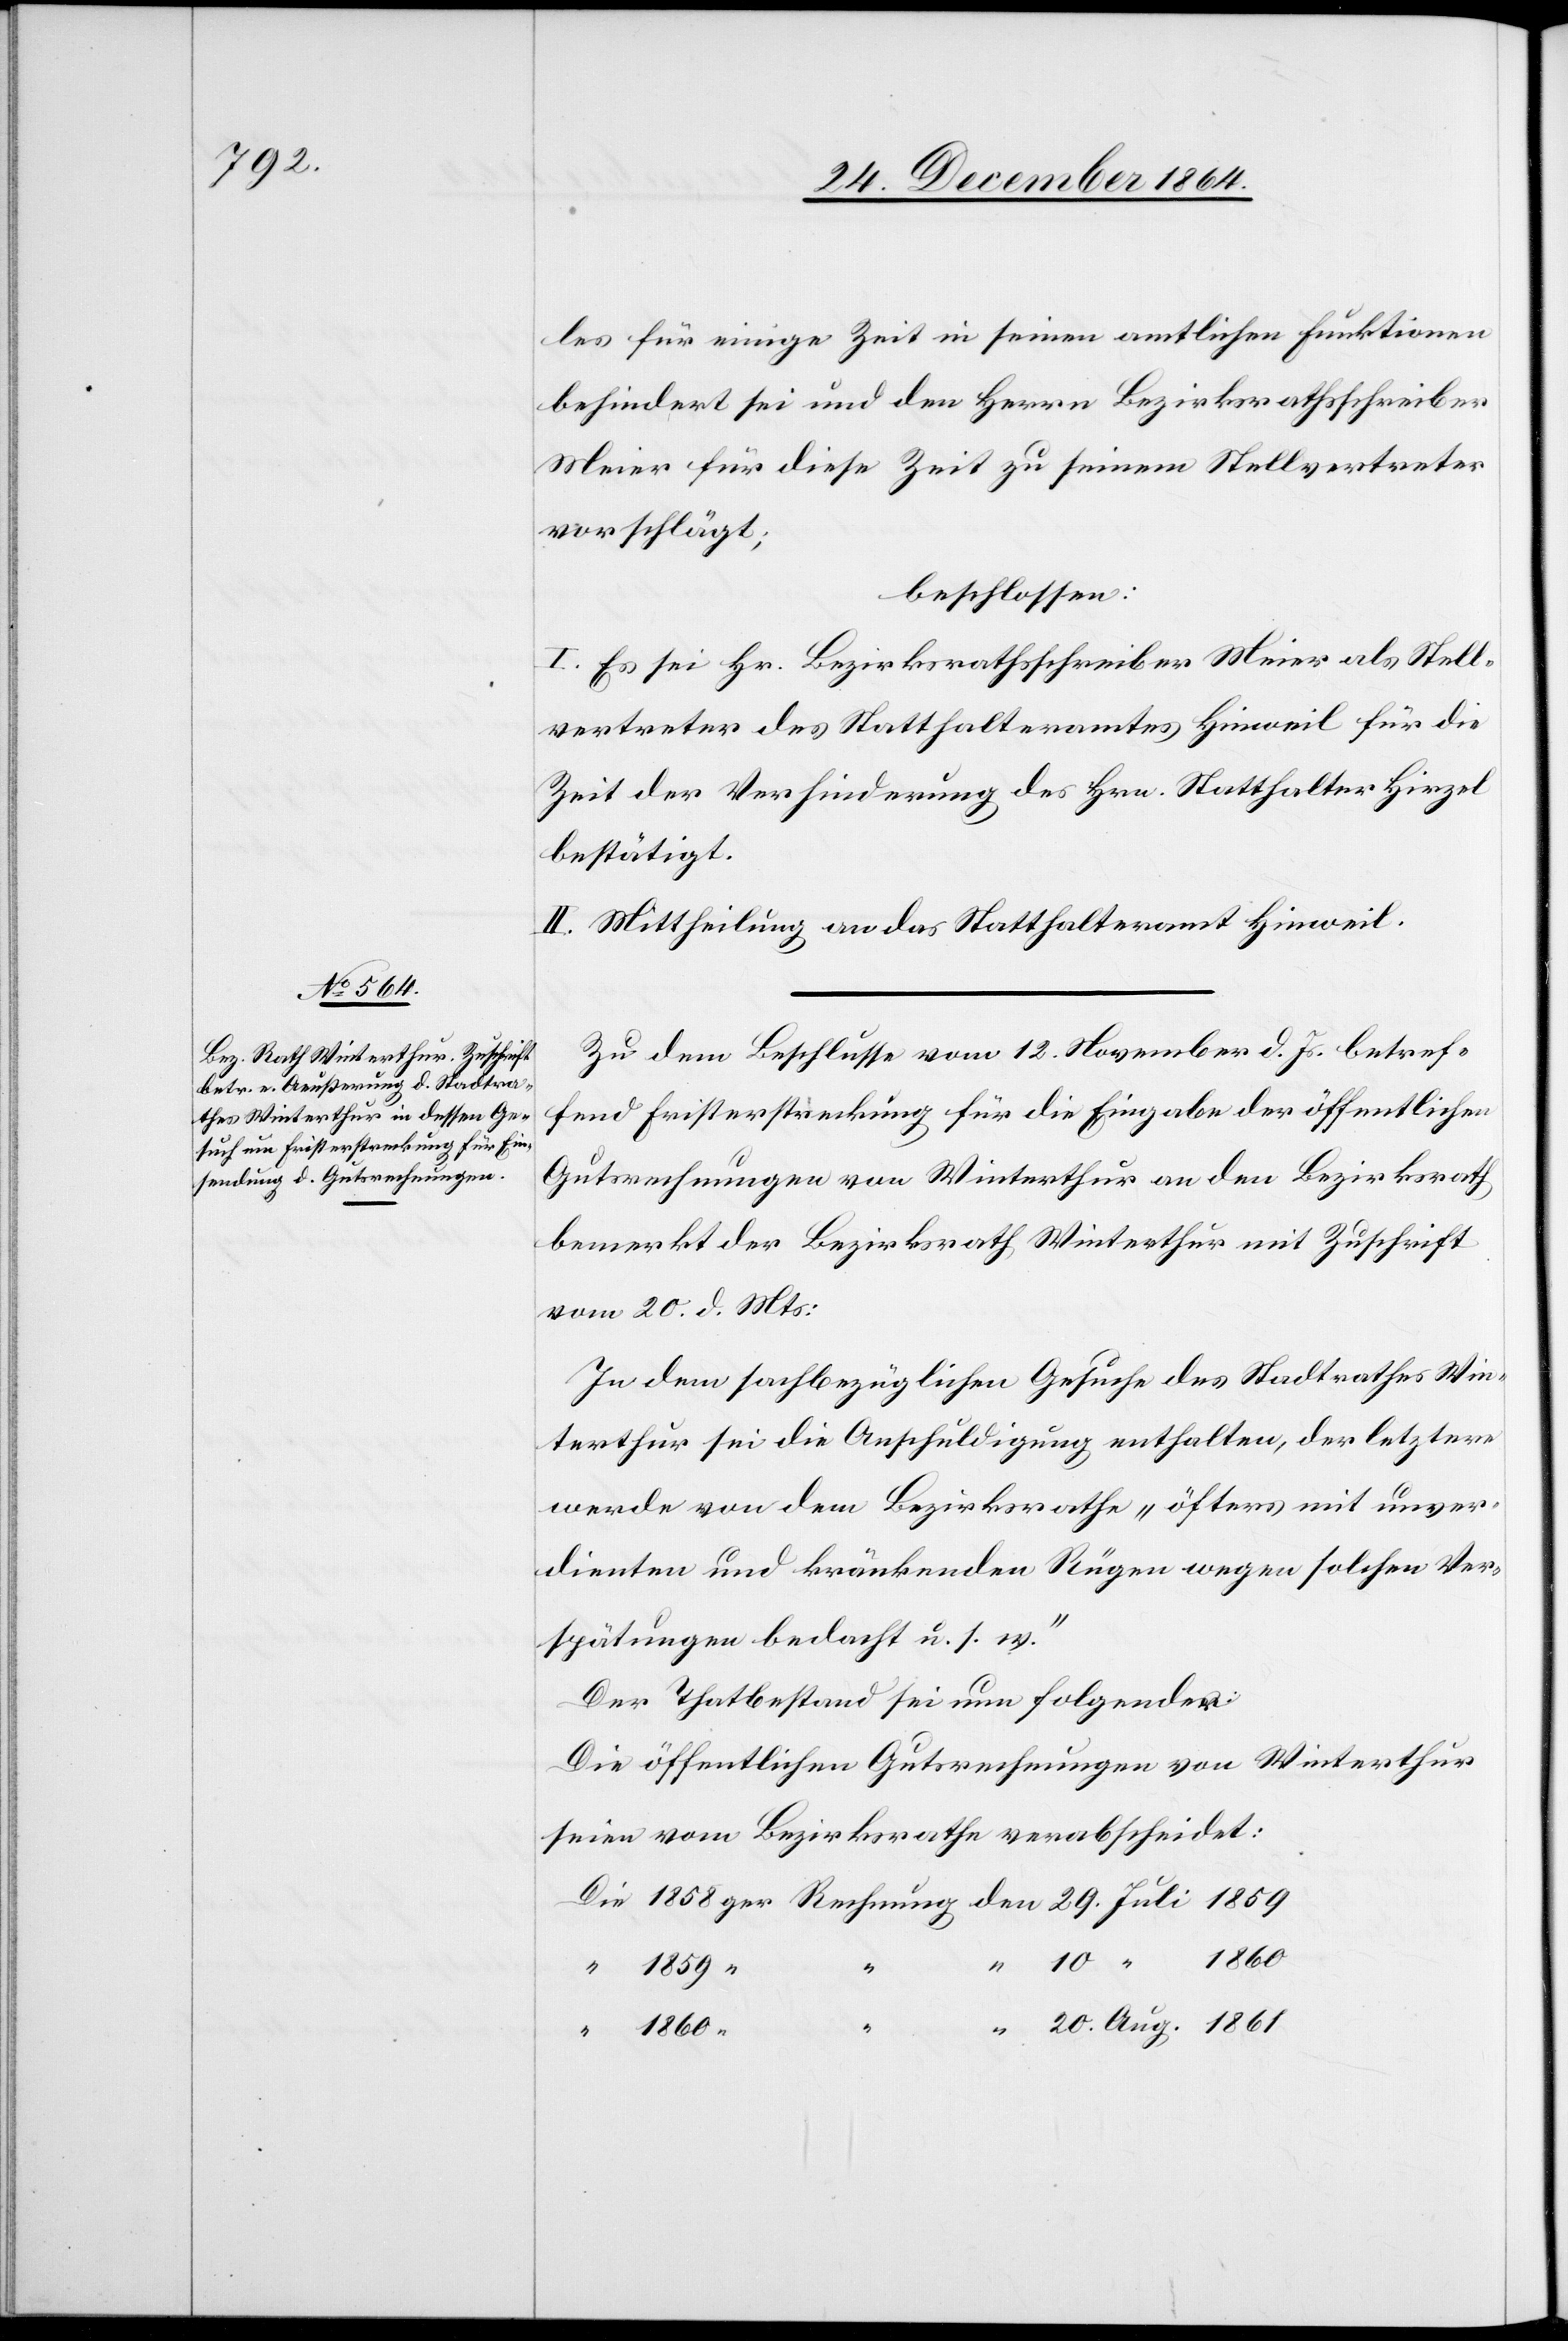
20.

les für einige Zeit in seinen amtlichen Funktionen
behindert sei und den Herrn Bezirksrathsschreiber
Meier für diese Zeit zu seinem Stellvertreter
vorschlägt,
beschlossen:
I. Es sei Hr. Bezirksrathsschreiber Meier als Stell¬
vertreter des Statthalteramt Hinweil für die
Zeit der Verhinderung des Hrn. Statthalter Hirzel
bestätigt.
II. Mittheilung an das Statthalteramt Hinweil
Zu dem Beschlusse vom 12. November d. Js. betref¬
fend Fristerstreckung für die Eingabe der öffentlichen
Gutsrechnungen von Winterthur an den Bezirksrath
bemerkt der Bezirksrath Winterthur mit Zuschrift
vom 20. d. Mts.:
In dem sachbezüglichen Gesuche des Stadtrathes Win¬
terthur sei die Anschuldigung enthalten, der letztere
werde von dem Bezirksrathe „öfters mit unver¬
dienten und kränkenden Rügen wegen solchen Ver¬
spätungen bedacht u. s. w.“
Der Thatbestand sei nun folgender:
Die öffentlichen Gutsrechnungen von Winterthur
seien vom Bezirksrathe verabscheidet